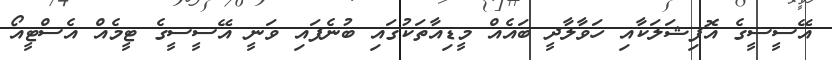
އޭސީސީގެ އޮފިޝަލަކާއި ހަވާލާދީ ބައެއް މީޑިއާތަކުގައި ބުނެފައި ވަނީ އޭސީސީގެ ޓީމެއް އެސްޓީއޯ